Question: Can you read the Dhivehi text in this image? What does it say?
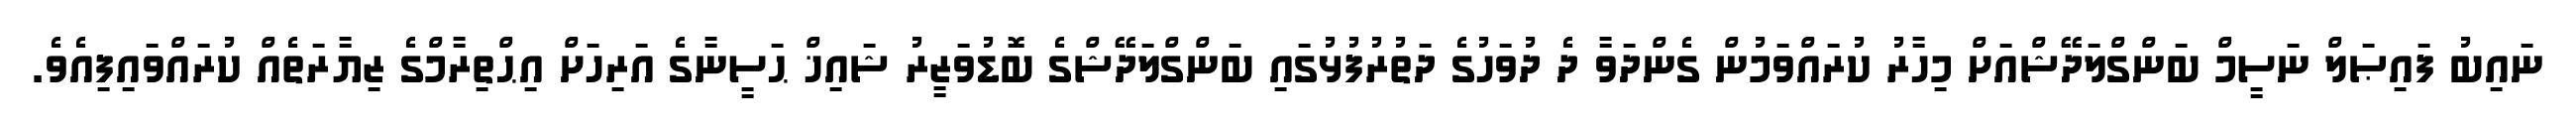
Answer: ނައިބު ފައިޞަލް ނަސީމް ބަންގްލަދޭޝްއަށް މިހާރު ކުރައްވަމުން ގެންދަވާ ދެ ދުވަހުގެ ދަތުރުފުޅުގައި ބަންގްލަދޭޝްގެ ބޮޑުވަޒީރު ޝައިޚް ޙަސީނާގެ އަރިހަށް އިޙްތިރާމްގެ ޒިޔާރަތެއް ކުރައްވައިފިއެވެ.